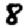
Digit: 8